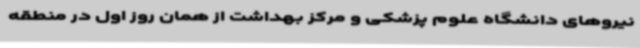
نیروهای دانشگاه علوم پزشکی و مرکز بهداشت از همان روز اول در منطقه